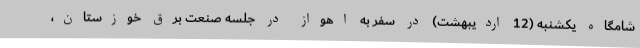
شامگاه یکشنبه (12 اردیبهشت) در سفر به اهواز در جلسه صنعت برق خوزستان،